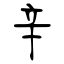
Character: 辛